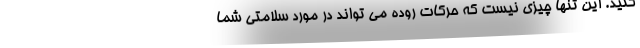
کنید. این تنها چیزی نیست که حرکات روده می تواند در مورد سلامتی شما